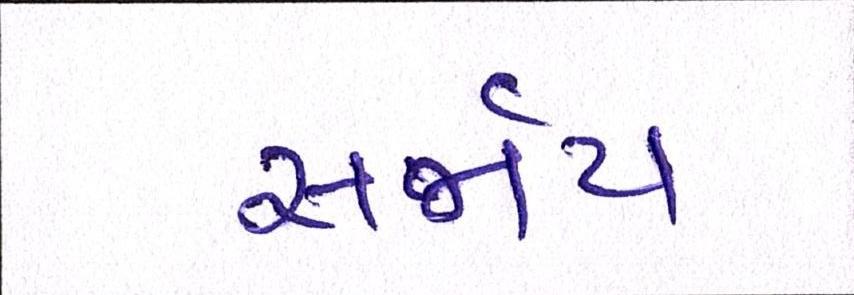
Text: સર્જાય